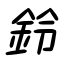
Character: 鈴